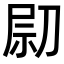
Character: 𠝋